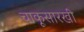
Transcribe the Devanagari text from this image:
चाकूसारखी